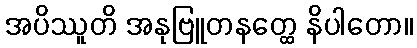
အပိဿူတိ အနုဗြူတနတ္ထေ နိပါတော။